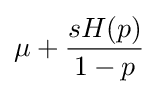
\mu +{\frac {sH(p)}{1-p}}